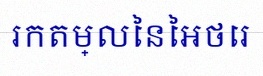
រកតម្លៃនៃអថេរ